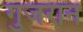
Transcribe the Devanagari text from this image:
गुजरान